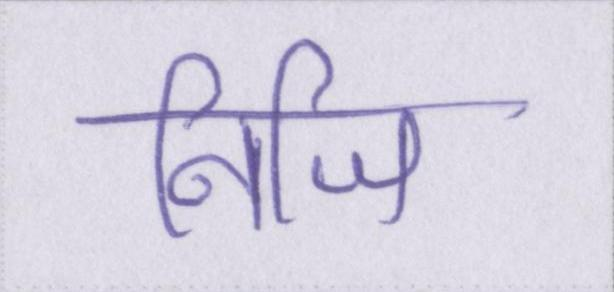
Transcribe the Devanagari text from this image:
निजि